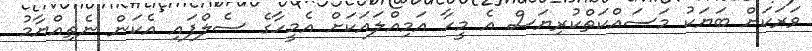
ވަރަކަށް ބަަޔަކު މަސައްކަތްކުރިޔަސް އެ މީހާ އަމިއްލައަކަށް އެމީހާގެ ސެލްފައި އެކަން ނެތިއްޔާމު